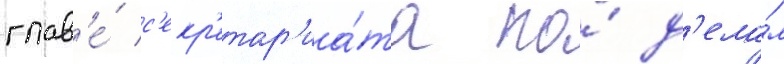
глав'е́ с'екр'етар'иа́та по́ д'ела́м